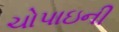
ચોપાઇની